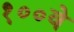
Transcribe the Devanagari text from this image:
१००वे